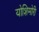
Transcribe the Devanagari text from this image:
योशिमोरी